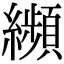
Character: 𦇖